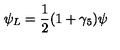
\psi _ { L } = \frac { 1 } { 2 } ( 1 + \gamma _ { 5 } ) \psi